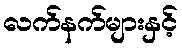
လက်နက်များနှင့်